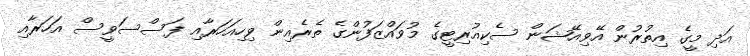
އަދި މީގެ އިތުރުން އޭވިއޭޝަން ސެކިއުރިޓީގެ މުވައްޒަފުންގެ ތެރެއިން ވިހިއަހަރާއި ފަސްސަވީސް އަހަރާއި